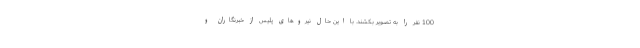
100 نفر را به تصویر بکشند. با این حال نیروهای پلیس از خبرنگاران و